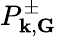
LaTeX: P_{{\mathbf k},{\mathbf G}}^{\pm}